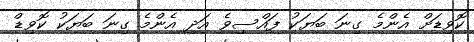
ކޮވިޑަށް އެންމެ ގިނަ ބަޔަކު ފައްސިވެ އަދި އެންމެ ގިނަ ބަޔަކު ކޮވިޑް